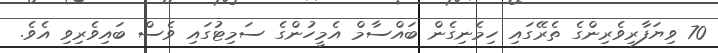
70 ވިޔަފާރިވެރިންގެ ތެރޭގައި ހިމެނިގެން ބައްސާމް އެމީހުންގެ ސަމިޓުގައި ވެސް ބައިވެރިވި އެވެ.